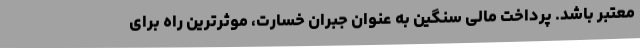
معتبر باشد. پرداخت مالی سنگین به عنوان جبران خسارت، موثرترین راه برای